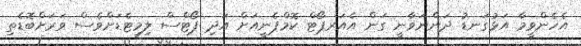
އެހެންވީމާ އަޅުގަނޑު ދަންނަވާނީ ގަން އެއަރޕޯޓް ކޮމްޕެނީއަށް އަދި ޕޯޓްސް ލިމިޓެޑަށްވެސް ވަރަށްބޮޑެތި